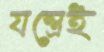
যন্ত্রেই